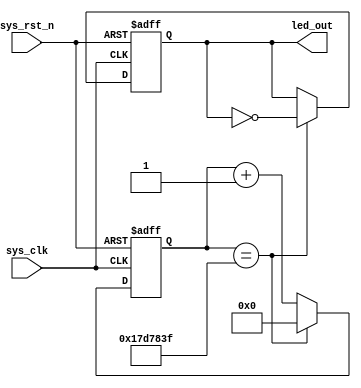
`timescale  1ns/1ns
////////////////////////////////////////////////////////////////////////
// Module Name   : counter
// Project Name  : counter
// Target Devices: Altera EP4CE10F17C8N
// Tool Versions : Quartus 13.0
// Description   : 
//
// Revision      : V1.0
// Additional Comments:
// 
// : _Pro_FPGA
//     : http://www.embedfire.com
//     : http://www.firebbs.cn
//     : https://fire-stm32.taobao.com
////////////////////////////////////////////////////////////////////////

//1
module  counter
#(
    parameter   CNT_MAX = 25'd24_999_999    //,,RTL,,Testbench,0.5sled_out,,,,RTL,parameter,,
)
(
    input   wire    sys_clk     ,   //50Mhz
    input   wire    sys_rst_n   ,   //

    output  reg     led_out         //led
);

//********************************************************************//
//****************** Parameter and Internal Signal *******************//
//********************************************************************//
//reg   define
reg     [24:0]  cnt;                //25500ms

//********************************************************************//
//***************************** Main Code ****************************//
//********************************************************************//
//cnt:,CNT_MAX
always@(posedge sys_clk or negedge sys_rst_n)
    if(sys_rst_n == 1'b0)
        cnt <= 25'b0;
    else    if(cnt == CNT_MAX)
        cnt <= 25'b0;
    else
        cnt <= cnt + 1'b1;

//led_out:LED,
always@(posedge sys_clk or negedge sys_rst_n)
    if(sys_rst_n == 1'b0)
        led_out <= 1'b0;
    else    if(cnt == CNT_MAX)
        led_out <= ~led_out;

endmodule

/*
//2
module  counter
#(
    parameter   CNT_MAX = 25'd24_999_999    //,,RTL,,Testbench,0.5sled_out,,,,RTL,parameter,,
)
(
    input   wire    sys_clk     ,   //50Mhz
    input   wire    sys_rst_n   ,   //

    output  reg     led_out         //led
);

reg     [24:0]  cnt;                //25500ms
reg             cnt_flag;

//cnt:,CNT_MAX
always@(posedge sys_clk or negedge sys_rst_n)
    if(sys_rst_n == 1'b0)
        cnt <= 25'b0;
    else    if(cnt == CNT_MAX)
        cnt <= 25'b0;
    else
        cnt <= cnt + 1'b1;

//cnt_flag:
always@(posedge sys_clk or negedge sys_rst_n)
    if(sys_rst_n == 1'b0)
        cnt_flag <= 1'b0;
    else    if(cnt == CNT_MAX - 1'b1)
        cnt_flag <= 1'b1;
    else
        cnt_flag <= 1'b0;

//led_out:LED,
always@(posedge sys_clk or negedge sys_rst_n)
    if(sys_rst_n == 1'b0)
        led_out <= 1'b0;
    else    if(cnt_flag == 1'b1)
        led_out <= ~led_out;

endmodule
*/